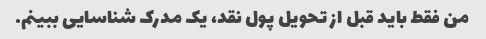
من فقط باید قبل از تحویل پول نقد، یک مدرک شناسایی ببینم.